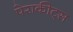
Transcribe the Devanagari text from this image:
पेराकीट्स